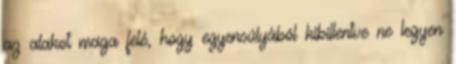
az alakot maga felé, hogy egyensúlyából kibillentve ne legyen